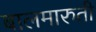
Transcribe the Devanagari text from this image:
बालमारुती